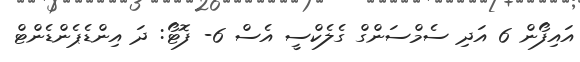
އައިފޯން 6 އަދި ސެމްސަންގް ގެލެކްސީ އެސް 6- ފޮޓޯ: ދަ އިންޑެޕެންޑެންޓް